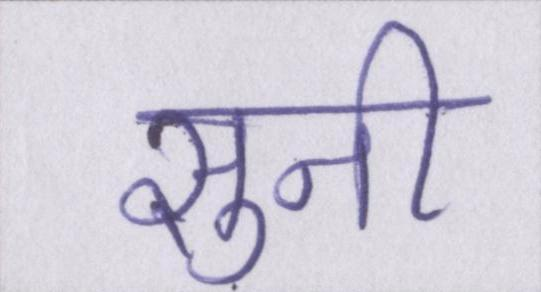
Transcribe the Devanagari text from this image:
सुनी